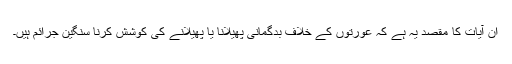
ان آیات کا مقصد یہ ہے کہ عورتوں کے خلاف بدگمانی پھیلانا یا پھیلانے کی کوشش کرنا سنگین جرائم ہیں۔